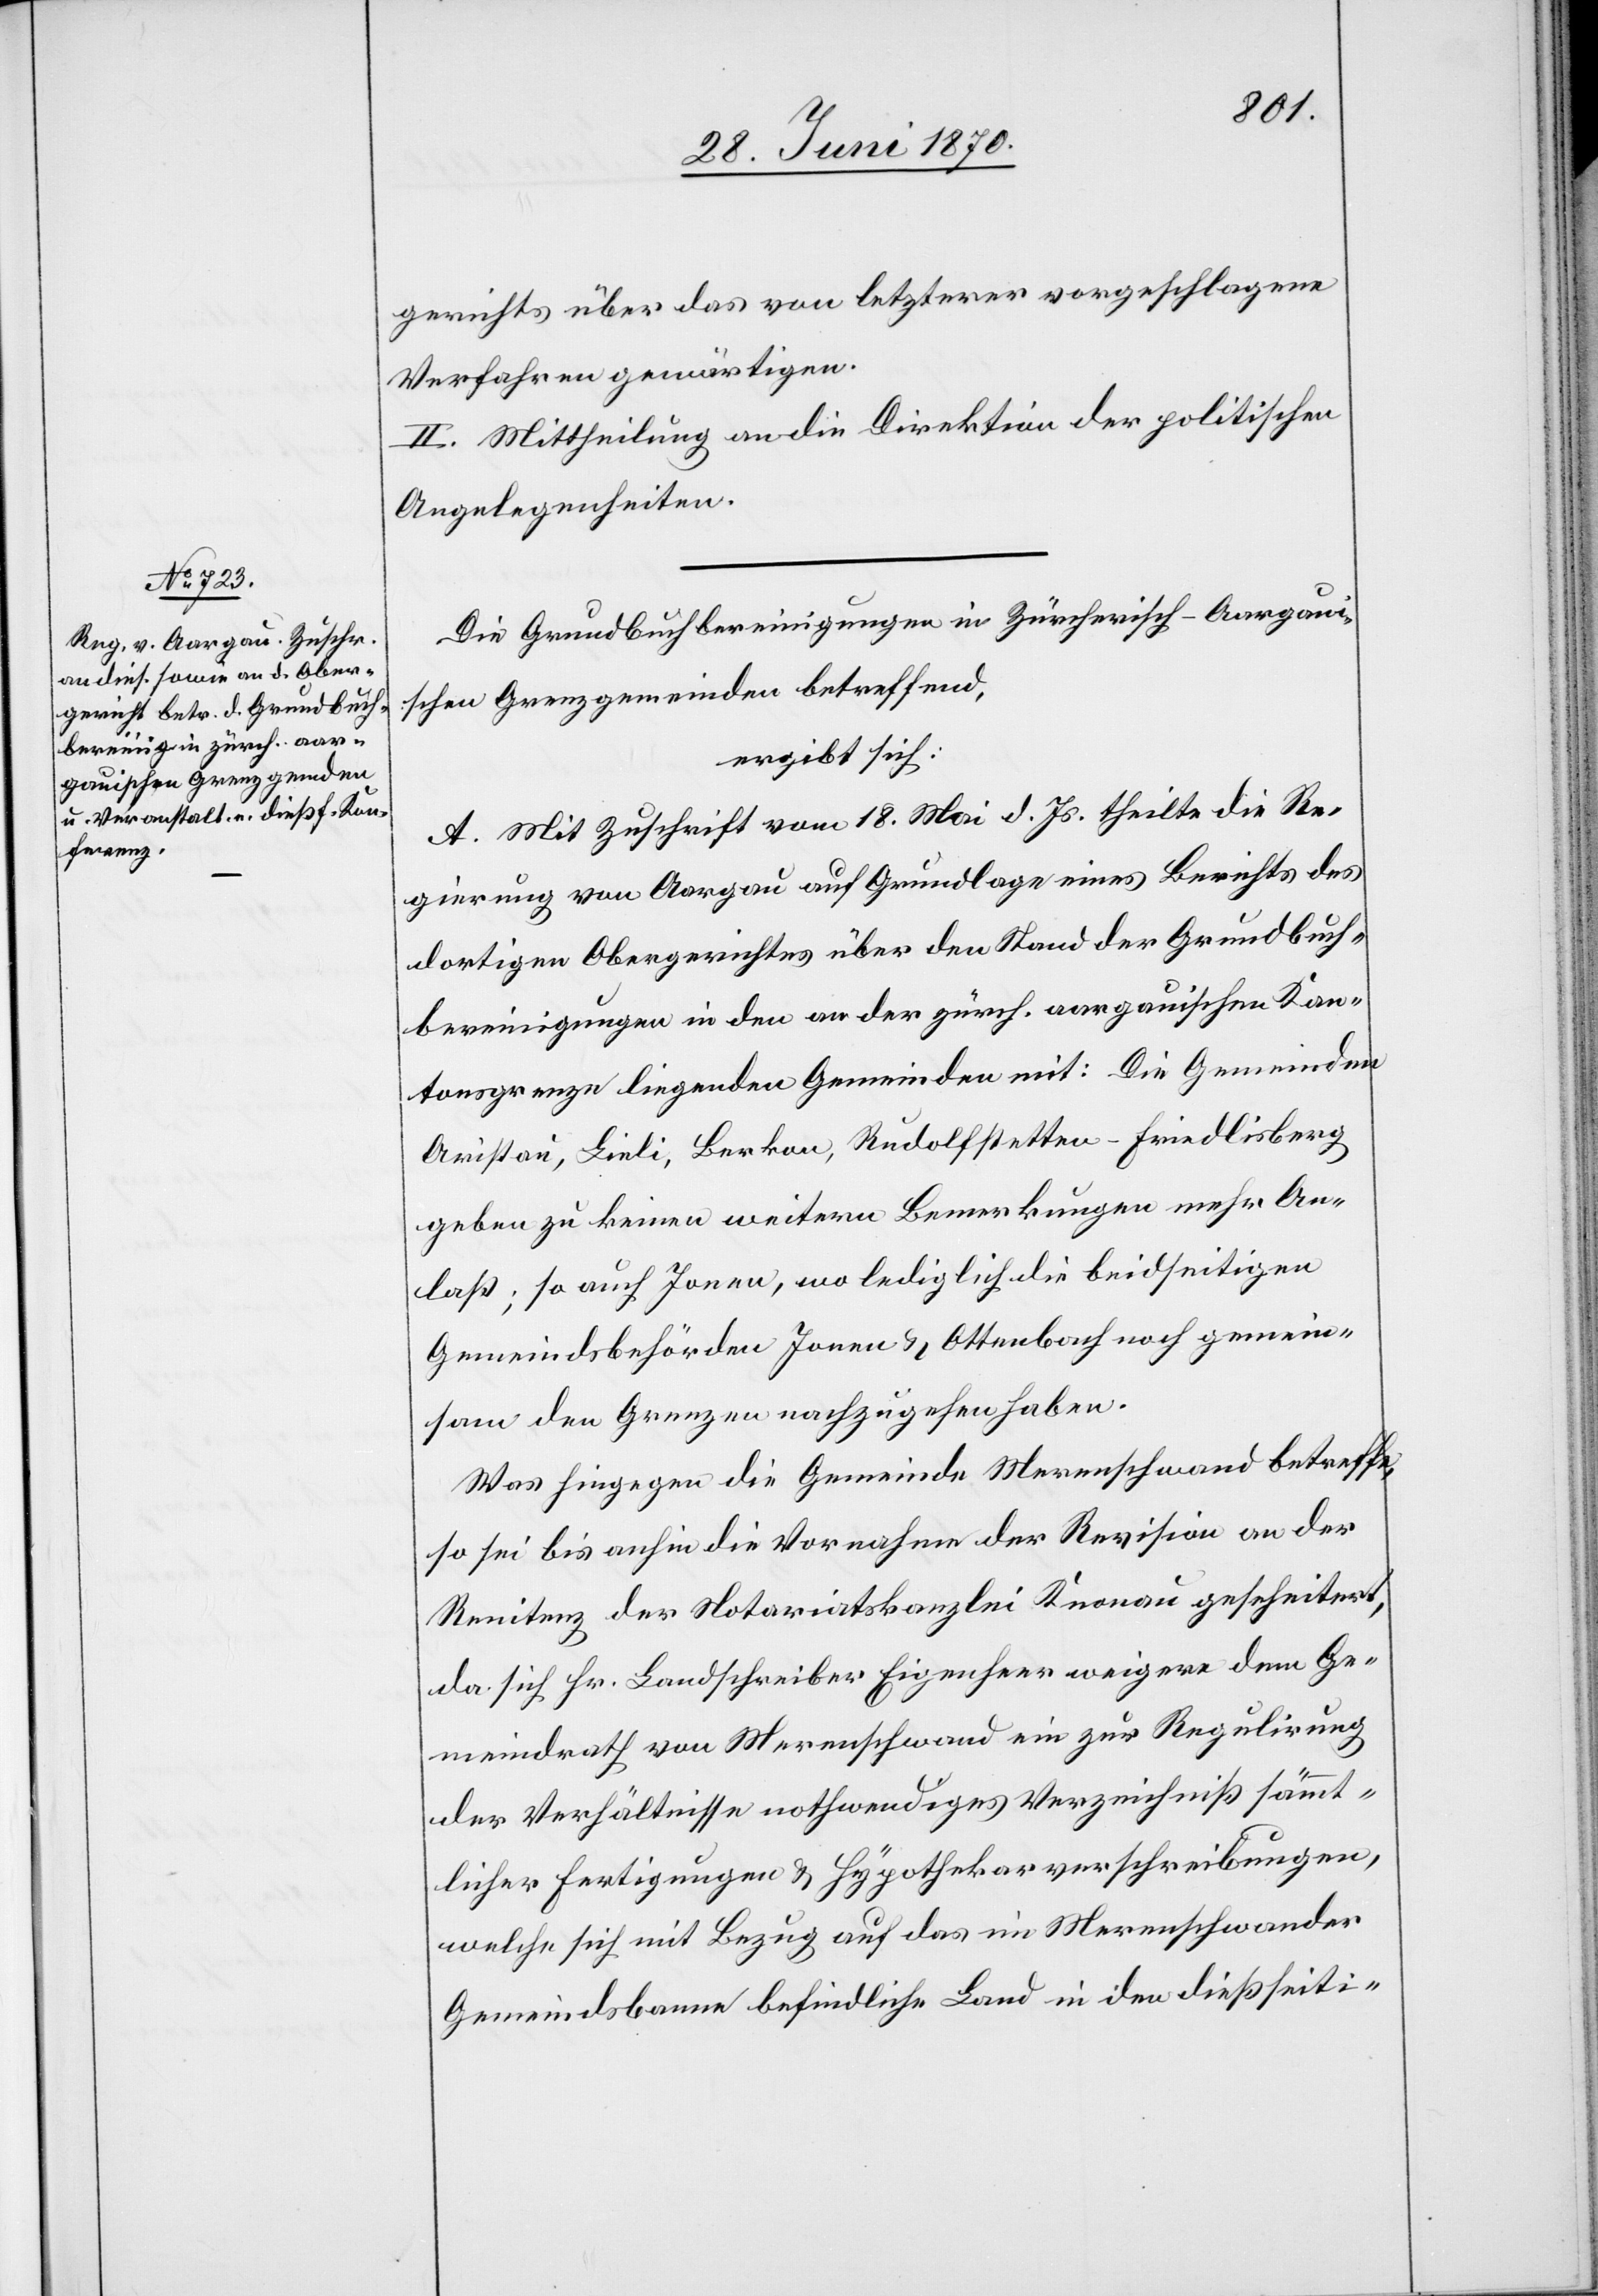
gerichts über das von letzterer vorgeschlagene
Verfahren gewärtigen.
II. Mittheilung an die Direktion der politischen
Angelegenheiten.
Die Grundbuchbereinigungen in Zürcherisch-Aargaui¬
schen Grenzgemeinden betreffend,
ergibt sich:
A. Mit Zuschrift vom 18. Mai d. Js. theilte die Re¬
gierung von Aargau auf Grundlage eines Berichts des
dortigen Obergerichtes über den Stand der Grundbuch¬
bereinigungen in den an der zürch. aargauischen Kan¬
tonsgrenze liegenden Gemeinden mit: Die Gemeinden
Aristau, Lieli, Berkon, Rudolfstetten-Friedlisberg
geben zu keinen weitern Bemerkungen mehr An¬
laß, so auch Jonen, wo lediglich die beidseitigen
Gemeindsbehörden Jonen & Ottenbach noch gemein¬
sam den Grenzen nachzugehen haben.
Was hiengegen die Gemeinde Merenschwand betreffe,
so sei bis anhin die Vornahme der Revision an der
Renitenz der Notariatskanzlei Knonau gescheitert,
da sich Hr. Landschreiber Eigenheer weigere[,] dem Ge¬
meindrath von Merenschwand ein zur Regulirung
der Verhältnisse nothwendiges Verzeichniß sämmt¬
licher Fertigungen & Hypothekarverschreibungen,
welche sich mit Bezug auf das im Merenschwander
Gemeindsbanne befindliche Land in den dießseiti-